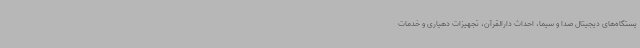
یستگاه‌های دیجیتال صدا و سیما، احداث دارالقرآن، تجهیزات دهیاری و خدمات